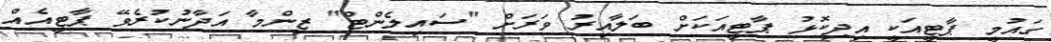
ގައުމީ ޕާޓީއަކީ އިދިކޮޅު ޕާޓީއަކަށް ބަލާއިރު ވަރަށް "ސައިލެންޓް" ޒިންމާ އަދާނުކުރެވޭ ޕާޓީއެއް